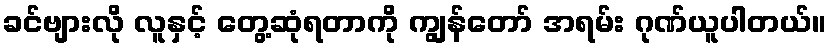
ခင်ဗျားလို လူနှင့် တွေ့ဆုံရတာကို ကျွန်တော် အရမ်း ဂုဏ်ယူပါတယ်။